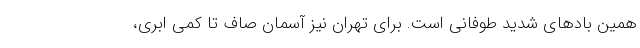
همین بادهای شدید طوفانی است. برای تهران نیز آسمان صاف تا کمی ابری،